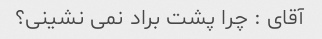
آقای : چرا پشت براد نمی نشینی؟